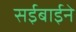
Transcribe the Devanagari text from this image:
सईबाईने